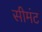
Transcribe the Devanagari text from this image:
सीमंट